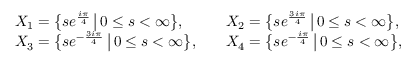
\begin{array} { r l r l } & { X _ { 1 } = \bigl \{ s e ^ { \frac { i \pi } { 4 } } \, \big | \, 0 \leq s < \infty \bigr \} , } & & { X _ { 2 } = \bigl \{ s e ^ { \frac { 3 i \pi } { 4 } } \, \big | \, 0 \leq s < \infty \bigr \} , } \\ & { X _ { 3 } = \bigl \{ s e ^ { - \frac { 3 i \pi } { 4 } } \, \big | \, 0 \leq s < \infty \bigr \} , } & & { X _ { 4 } = \bigl \{ s e ^ { - \frac { i \pi } { 4 } } \, \big | \, 0 \leq s < \infty \bigr \} , } \end{array}